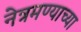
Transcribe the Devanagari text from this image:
नेत्रमण्याच्या